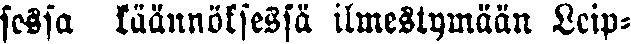
sessa käännöksessä ilmestymään Leip-